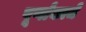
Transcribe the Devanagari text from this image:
पूर्णांकाचे